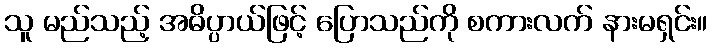
သူ မည်သည့် အဓိပ္ပာယ်ဖြင့် ပြောသည်ကို စကားလက် နားမရှင်း။